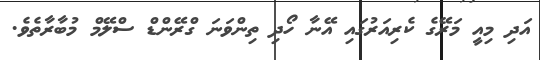
އަދި މިއީ މަރޭގެ ކެރިއަރުގައި އޭނާ ހޯދި ތިންވަނަ ގްރޭންޑް ސްލޭމް މުބާރާތެވެ.